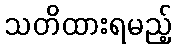
သတိထားရမည့်